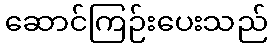
ဆောင်ကြဉ်းပေးသည်